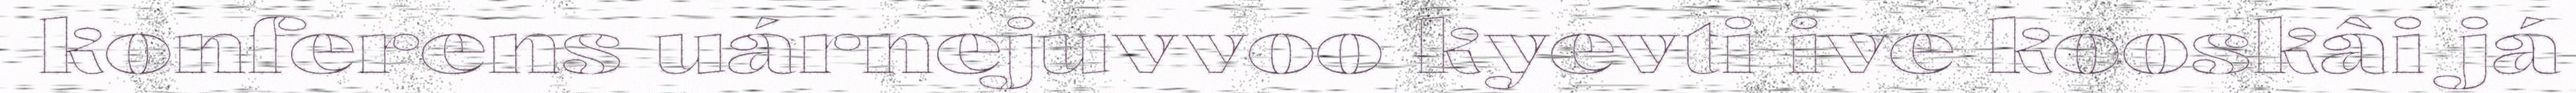
konferens uárnejuvvoo kyevti ive kooskâi já